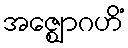
အဇ္ဈောဂဟိံ